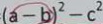
( a - b ) ^ { 2 } - c ^ { 2 }